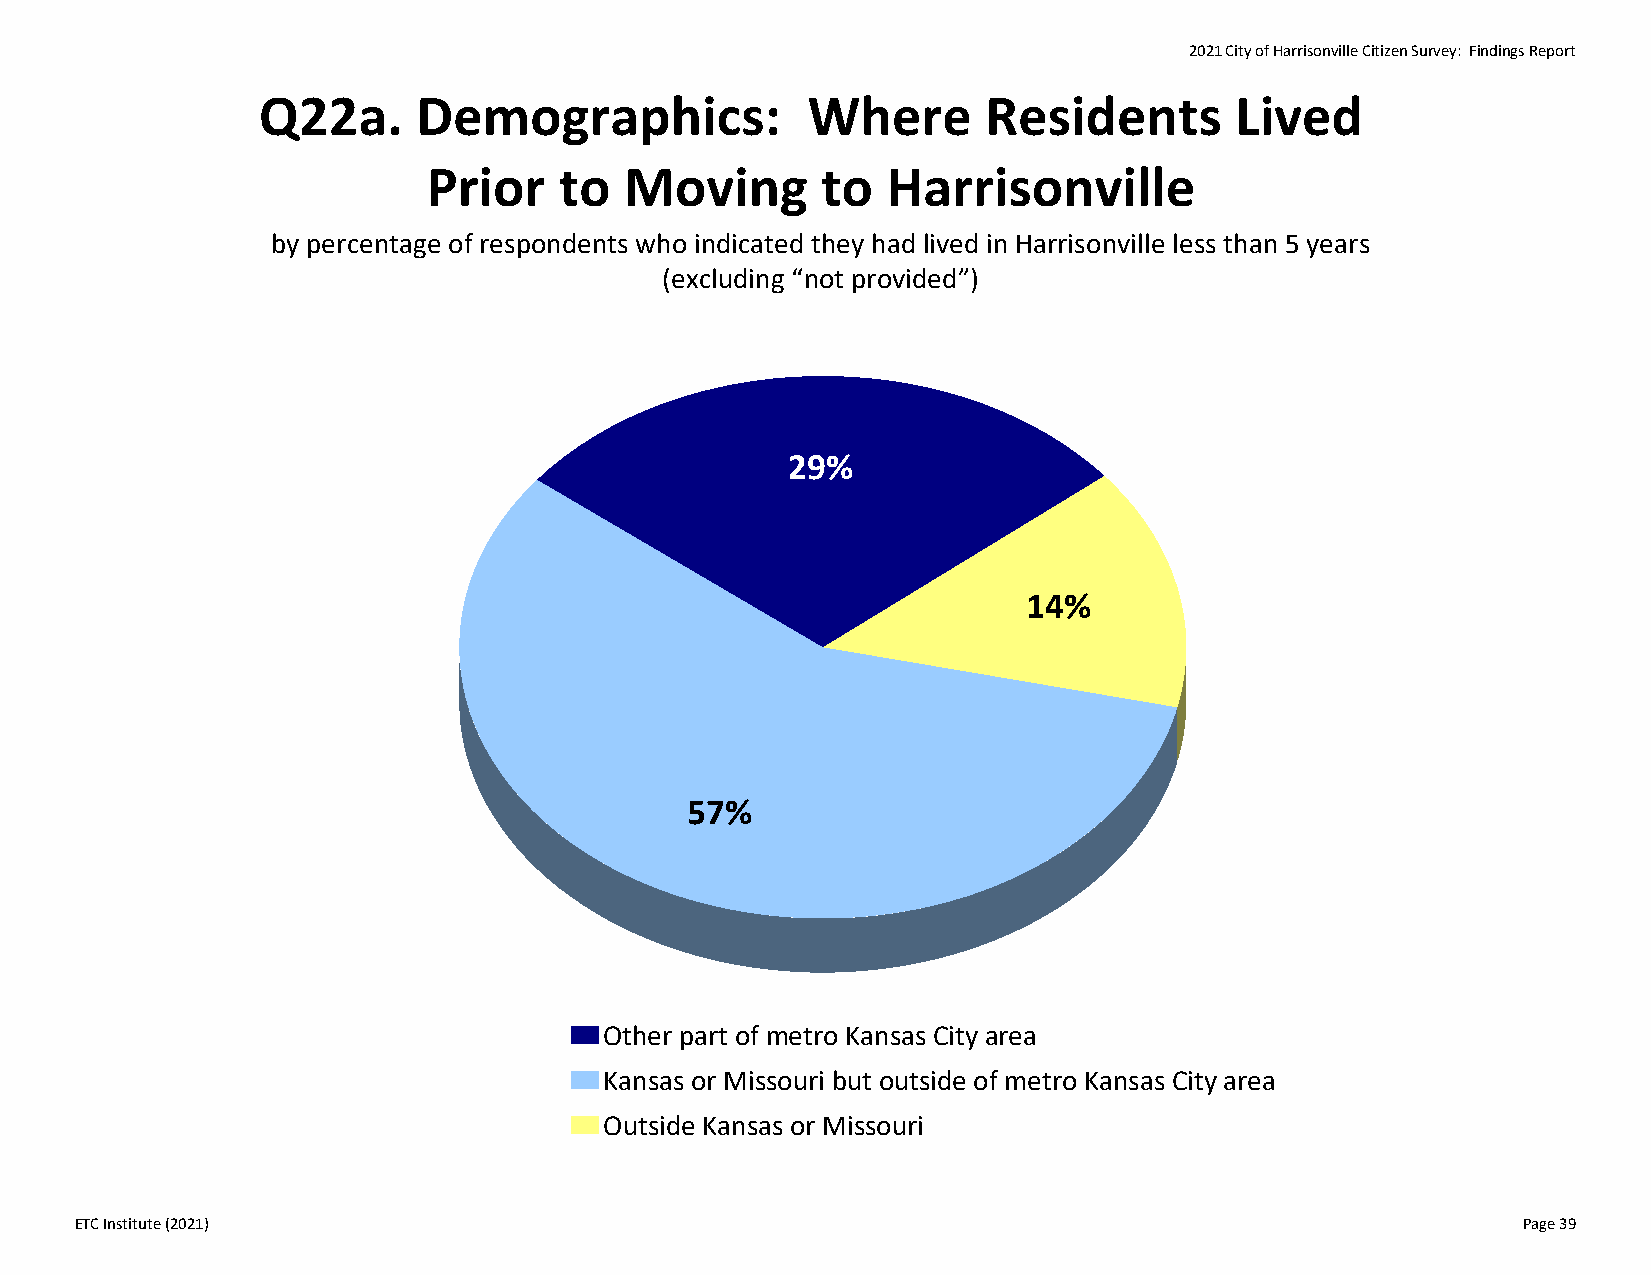
2021 City of Harrisonville Citizen Survey: Findings Report
 Q22a.      Demographics:            Where       Residents        Lived
 Prior    to  Moving       to   Harrisonville
 by percentage of respondents who indicated they had lived in Harrisonville less than 5 years
 (excluding “not provided”)
 29%
 14%
 57%
 Other part of metro Kansas City area
 Kansas or Missouri but outside of metro Kansas City area
 Outside Kansas or Missouri
 ETC Institute (2021)                                                                            Page 39